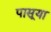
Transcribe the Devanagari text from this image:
पासूया